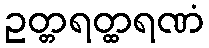
ဥတ္တရတ္ထရဏံ